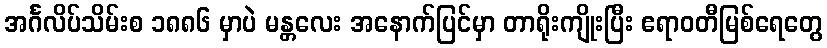
အင်္ဂလိပ်သိမ်းစ ၁၈၈၆ မှာပဲ မန္တလေး အနောက်ပြင်မှာ တာရိုးကျိုးပြီး ဧရာဝတီမြစ်ရေတွေ